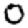
Digit: 0